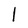
Character: l